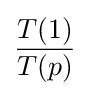
{\frac {T(1)}{T(p)}}